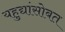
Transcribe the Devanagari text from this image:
यहुद्यांसोबत